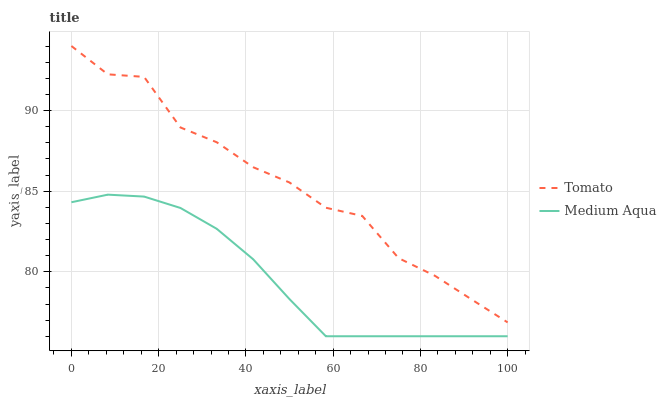
| xaxis_label | Tomato | Medium Aqua |
 | --- | --- | --- |
 | 0 | 94 | 84.3 |
 | 8.33 | 92.2 | 84.8 |
 | 16.7 | 92.1 | 84.7 |
 | 25 | 88.9 | 84 |
 | 33.3 | 88 | 82.7 |
 | 41.7 | 86.5 | 80.8 |
 | 50 | 85.5 | 78.3 |
 | 58.3 | 84 | 76 |
 | 66.7 | 83.5 | 76 |
 | 75 | 80.8 | 76 |
 | 83.3 | 79.7 | 76 |
 | 91.7 | 78.3 | 76 |
 | 100 | 76.9 | 76 |